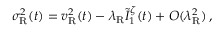
\sigma _ { \mathrm { R } } ^ { 2 } ( t ) = v _ { \mathrm { R } } ^ { 2 } ( t ) - \lambda _ { \mathrm { R } } \tilde { I } _ { 1 } ^ { \zeta } ( t ) + O ( \lambda _ { \mathrm { R } } ^ { 2 } ) \, ,